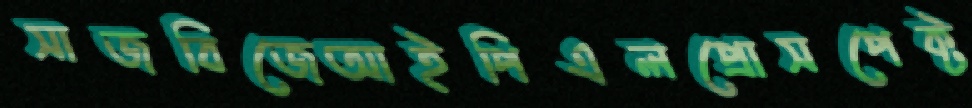
সাজবিজেআইপিএলপ্রোসপেক্ট